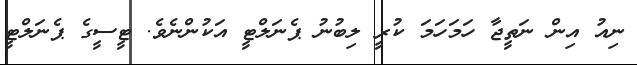
ނިއު އިން ނަތީޖާ ހަމަހަމަ ކުރީ ލިބުނު ޕެނަލްޓީ އަކުންނެވެ. ޓީސީގެ ޕެނަލްޓީ